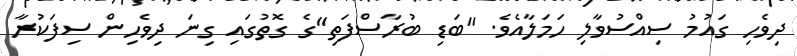
ދިވެހި ގައުމު ސިއްސުވާލި ހަމަލާއެވެ. "ބަޑި ބުރާސްފަތި"ގެ ގޮތުގައި ގިނަ ދިވެހިން ސިފަކުރާ